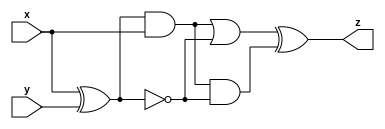
module top_module (input x, input y, output z);
    wire z1,z2;
assign z1 = (x^y) & x;
    assign z2=!(x^y);  
    assign z=(z1|z2)^(z1&z2); 
endmodule